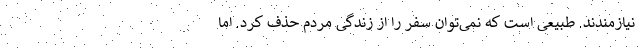
نیازمندند. طبیعی است که نمی‌توان سفر را از زندگی مردم حذف کرد. اما